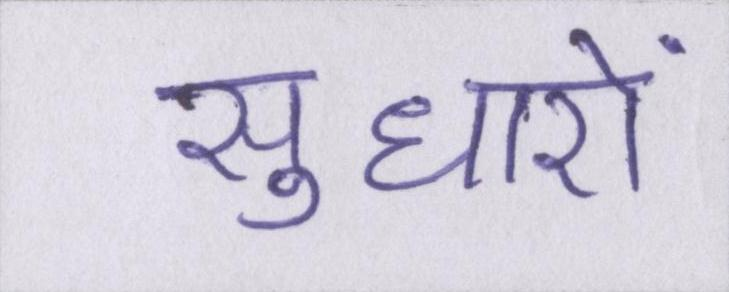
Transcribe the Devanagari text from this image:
सुधारों